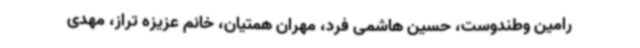
رامین وطندوست، حسین هاشمی فرد، مهران همتیان، خانم عزیزه تراز، مهدی